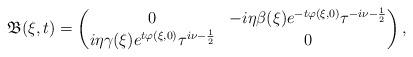
LaTeX: \begin{align*} \mathfrak{B}(\xi,t)=\begin{pmatrix} 0 & -i\eta\beta(\xi)e^{-t\varphi(\xi,0)}\tau^{-i\nu-\frac{1}{2}} \\ i\eta\gamma(\xi)e^{t\varphi(\xi,0)}\tau^{i\nu-\frac{1}{2}} & 0 \end{pmatrix},\end{align*}